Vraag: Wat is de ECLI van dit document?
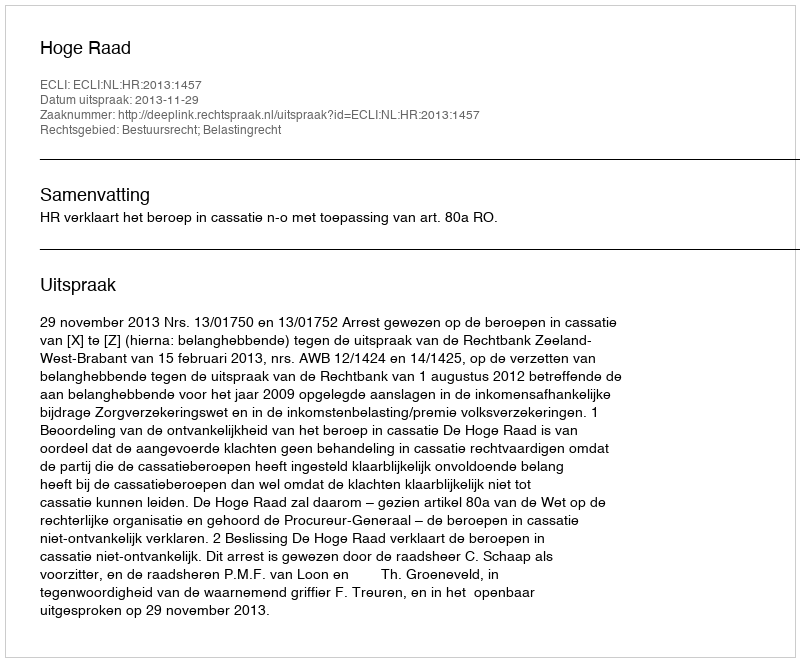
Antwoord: ECLI:NL:HR:2013:1457